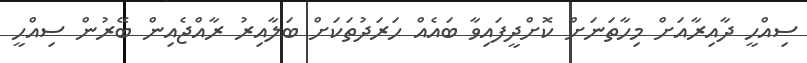
ސިއްހީ ދާއިރާއަށް މިހާތަނަށް ކޮށްދީފައިވާ ބައެއް ހަރަދުތަކަށް ބަލާއިރު ރާއްޖެއިން ބޭރުން ސިއްހީ